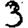
Digit: 3